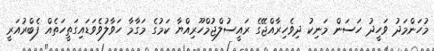
މުހަންމަދު ވަހީދު ހަސަން މަނިކު ދިވެހިރާއްޖޭގެ ރައީސުލްޖުމްހޫރިއްޔާ ކަމުގެ މަގާމާ ހަވާލުވެވަޑައިގަތީހަތެއް ފެބްރުއަރީ